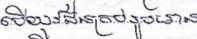
បើយុវជនគ្រប់រូបមាន